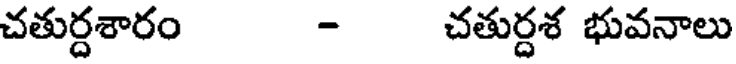
చతుర్దశారం - చతుర్దశ భువనాలు